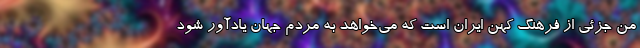
من جزئی از فرهنگ کهن ایران است که می‌خواهد به مردم جهان یادآور شود